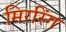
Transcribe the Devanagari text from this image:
मिररिंग